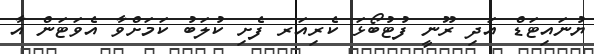
ޔުނައިޓަޑް އަދި ރޫނީ ފުޓުބޯޅަ ކެރިއަރ ފެށި ކުލަބު ކަމަށްވާ އެވަޓަން އާ